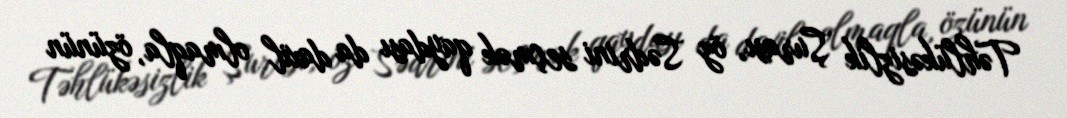
Təhlükəsizlik Şurası, öz Sədrini seçmək qaydası da daxil olmaqla, özünün